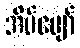
အိပ်ပျော်